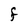
Character: F